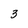
Character: 3